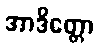
အာဒိတ္တော